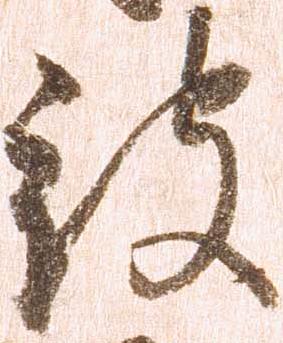
被